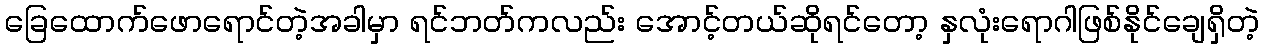
ခြေထောက်ဖောရောင်တဲ့အခါမှာ ရင်ဘတ်ကလည်း အောင့်တယ်ဆိုရင်တော့ နှလုံးရောဂါဖြစ်နိုင်ချေရှိတဲ့